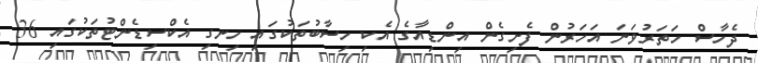
ދެހާސް ހަތަރުވަނަ އަހަރުން ފެށިގެން އިންޑިއާގެ އެކި ހިސާބުތަކުގައި ހިނގި އެކްސިޑެންޓުތަކުގައި 36